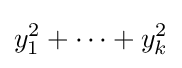
y_{1}^{2}+\cdots +y_{k}^{2}